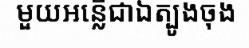
មួយអន្លើជាឯត្បូងចុង